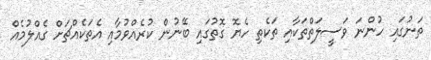
ތަނުގައި ހުންނަ ވަސީލަތްތަކާއި ތަކެތި ހެޔޮ ގޮތުގައި ބޭނުން ކުރެއްވުމާއި އެތަކެއްޗަށް ގެއްލުމެއް